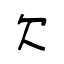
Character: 欠